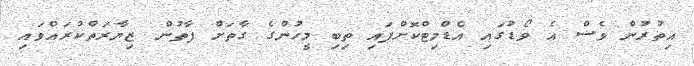
އިތުރުން ވެސް އެ ވޯޑުގައި އެޑްމިޓްކޮށްފައި ތިބި މީހުންގެ ގާތަށް ފާތުން ޒިޔާރަތްކުރައްވައި